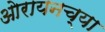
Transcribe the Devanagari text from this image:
ओरायनच्या